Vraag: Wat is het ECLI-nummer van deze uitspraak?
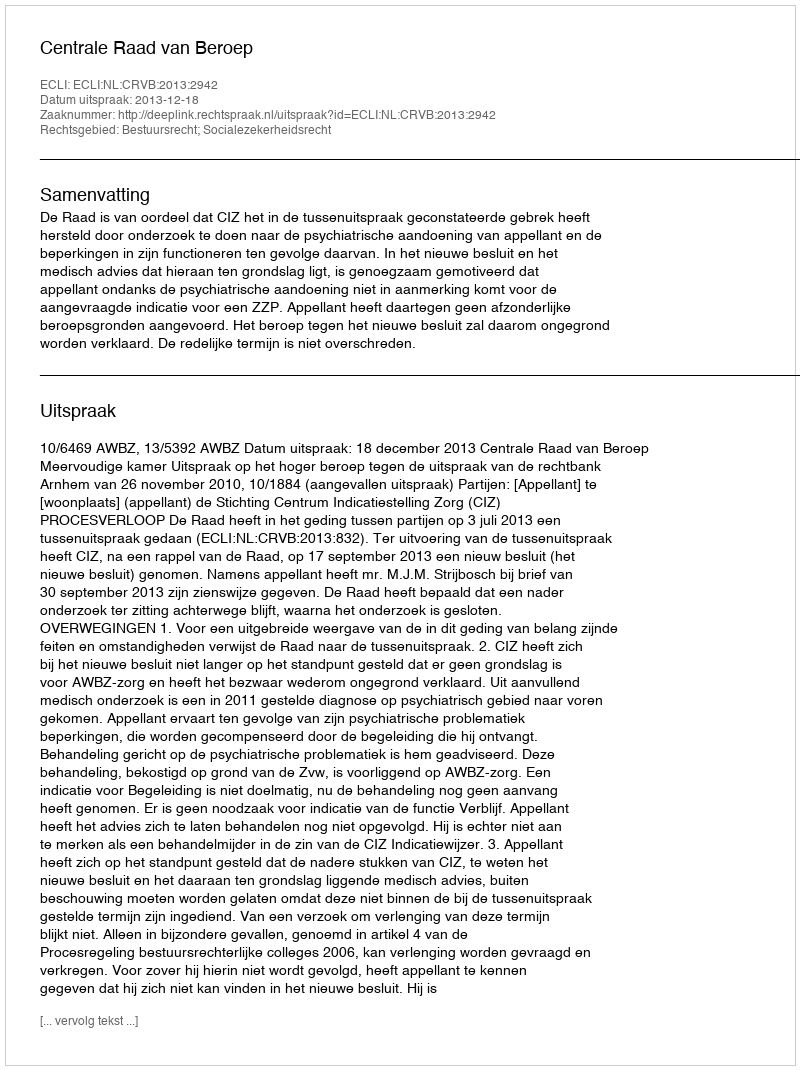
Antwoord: ECLI:NL:CRVB:2013:2942